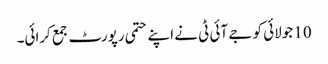
10 جولائی کو جے آئی ٹی نے اپنے حتمی رپورٹ جمع کرائی۔